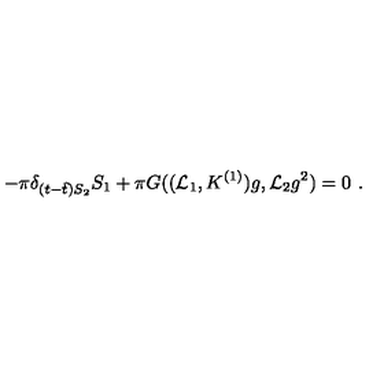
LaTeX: - \pi \delta _ { ( t - \hat { t } ) S _ { 2 } } S _ { 1 } + \pi G ( ( \mathcal { L } _ { 1 } , K ^ { ( 1 ) } ) g , \mathcal { L } _ { 2 } g ^ { 2 } ) = 0 \ .